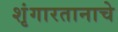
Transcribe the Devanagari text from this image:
शृंगारतानाचे